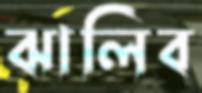
ঝালিব